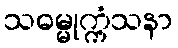
သဓမ္မုက္ကံသနာ